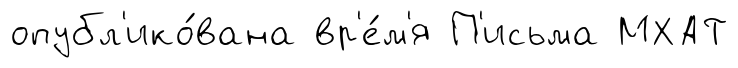
опубл'ико́вана вр'е́м'я П'исьма МХАТ